Annual administration report of the Bombay Presidency - 1887-1892
Year: 1887
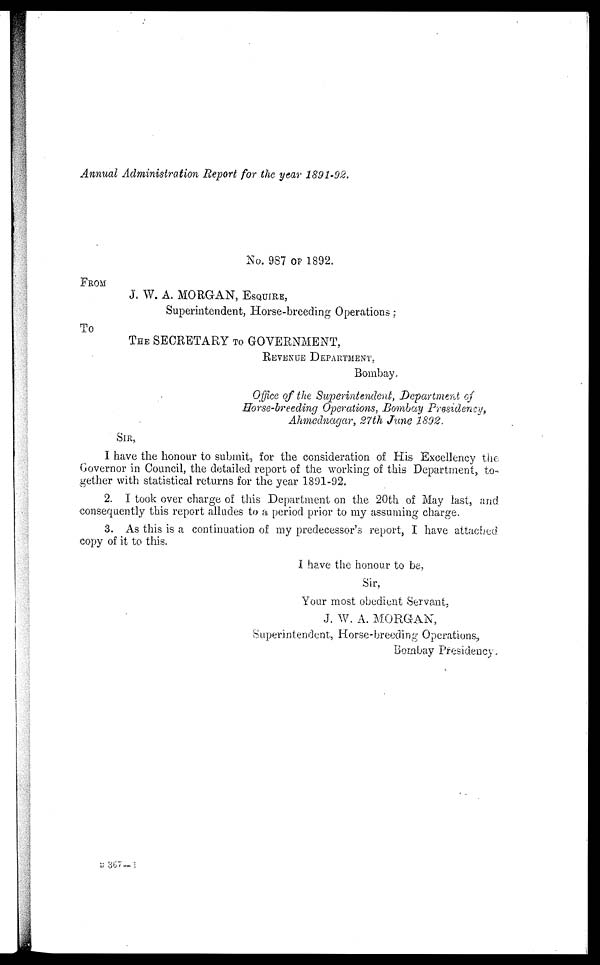
Annual Administration Report for the year 1891-92.
No. 987 OF 1892.
FROM
J. W. A. MORGAN, ESQUARE
Superintendent, Horse-breeding Operations:
To
THE SECRETARY TO GOVERNMENT,
REVENUE DEPARTMENT
Bombay.
Office of the Superintendent, Department of
Horse-breeding Operations, Bombay Presidency,
Ahmednagar, 27th June 1892.
SIR,
I have the honour to submit, for the consideration of His Excellency the
Governor in Council, the detailed report of the working of this Department, to-
gether with statistical returns for the year 1891-92.
2. I took over charge of this Department on the 20th of May last, and
consequently this report alludes to a period prior to my assuming charge.
3. As this is a continuation of my predecessor's report, I have attached
copy of it to this.
I have the honour to be,
Sir,
Your most obedient Servant,
J. W. A. MORGAN,
Superintendent, Horse-breeding Operations,
Bombay Presidency.